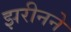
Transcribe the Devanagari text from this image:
झरीनने